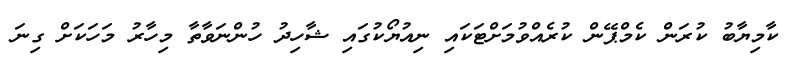
ކާމިޔާބު ކުރަން ކެމްޕޭން ކުރެއްވުމަށްޓަކައި ނިއުޔޯކުގައި ޝާހިދު ހުންނަވާތާ މިހާރު މަހަކަށް ގިނަ